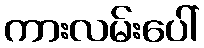
ကားလမ်းပေါ်